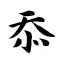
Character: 忝